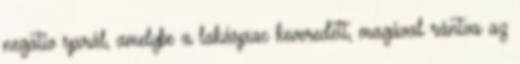
negatív spirál, amelybe a lakáspiac keveredett, magával rántva az